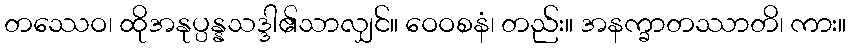
တဿေဝ၊ ထိုအနုပ္ပန္နသဒ္ဒါ၏သာလျှင်။ ဝေဝစနံ၊ တည်း။ အနက္ခာတဿာတိ၊ ကား။